Annual report of the Punjab Veterinary College and of the Civil Veterinary Department, Punjab - 1909-1919
Year: 1909
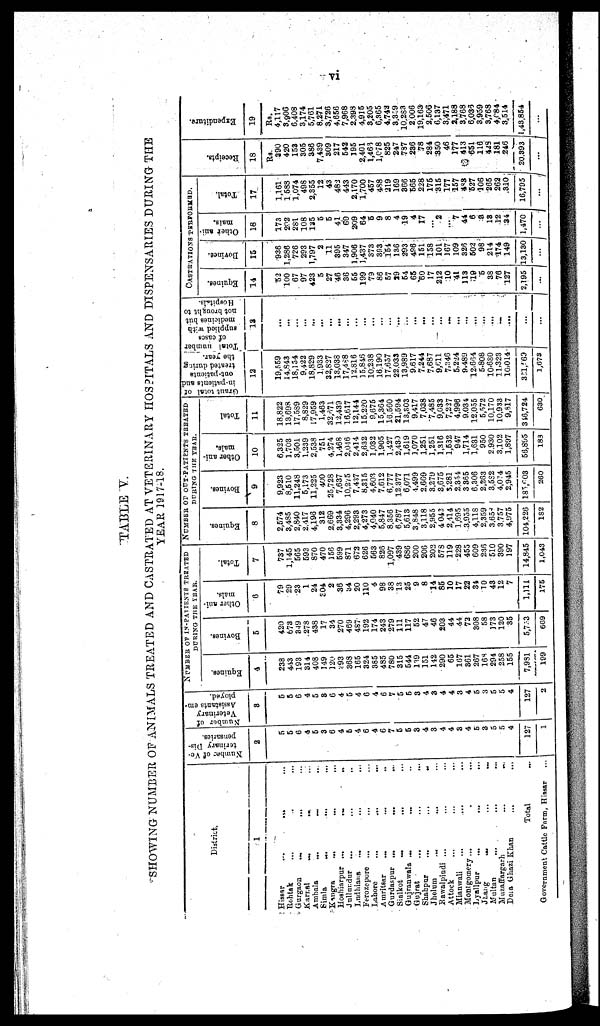
vi
TABLE V.
SHOWING NUMBER OF ANIMALS TREATED AND CASTRATED AT VETERINARY HOSPITALS AND DISPENSARIES DURING THE
YEAR 1917-18.
District.
1
Hissar ... ... ...
Rohtak ... ... ...
Gurgaon ... ... ...
Karnal ... ... ...
Ambala ... ... ...
Simla ... ... ...
Kangra ... ... ...
Hoshiarpur
...
...
...
Jullundur ... ... ...
Ludhiana ... ... ...
Ferozpure ... ... ...
Lahore ... ... ...
Amritsar ... ... ...
Gurdaspur ... ... ...
Sialkot ... ... ...
Gujranwala
...
...
...
Gujrat ... ... ...
Shahpur ... ... ...
Jhelum ... ... ...
Rawalpindi ... ... ...
Attock ... ... ...
Mianwali ... ... ...
Montgomery
...
...
...
Lyallpur ... ... ...
Jhang ... ... ...
Multan ... ... ...
Muzzafargarh ... ... ...
Dera Ghazi Khan ... ... ...
Total ...
Government Cattle Farm, Hissar ...
Number of Ve-
terinary Dis-
pensaries.
2
5
5
6
4
5
3
6
4
5
4
6
4
6
7
5
5
3
4
3
4
4
3
4
5
8
5
5
4
127
1
Number of
Veterinary
Assistants em-
ployed.
3
5
5
6
4
5
3
6
4
5
4
6
4
6
7
5
5
3
4
3
4
4
3
4
5 3
5
5
4
127
2
NUMBER OF IN-PATIENTS TREATED
DURING THE YEAR.
Equines.
4
238
443
193
814
408
149
120
293
368
165
324
385
485
780
315
544
139
151
142
290
65
167
361
267
168
294
258
155
7,981
199
Bovines.
5
420
673
849
278
438
17
34
270
469
487
192
174
243
279
111
117
52
47
46
203
44
44
72
308
58
173
120
35
5,733
669
Other ani-
mals.
6
79
29
23
1
24
304
2
36
34
20
110
4
98
38
13
25
9
8
14
85
10
17
22
34
10
43
12
7
1,111
175
Total.
7
737
1,145
565
593
870
470
156
599
871
672
626
563
826
1,097
439
686
200
206
202
578
119
228
455
609
236
510
890
197
14,845
1,043
NUMBER OF OUT-PATIENTS TREATED
DURIMG THE YEAR.
Equines.
8
2,574
3,485
2,840
2,417
4,198
312
2,669
3,334
4,296
2,293
4,273
4,040
5,847
8,356
6,787
5,613
3,848
3,118
2,955
4,042
2,414
1,695
3,955
4,118
2,359
3,658
3,757
4,975
104,226
182
Bovines.
9
9,923
8,510
11,248
5,173
11,225
400
25,728
7,637
10,275
7,437
8,315
4,603
7,612
6,777
12,377
6,071
4,499
2,669
3,279
3,675
3,281
2,354
3,365
6,306
2,263
3,582
4,074
2,945
185,608
260
Other ani-
mals.
10
6,325
1,703
3,501
1,239
2,538
751
4,274
1,468
2,046
2,414
2,632
1,032
1,905
1,427
2,480
1,619
1,070
1,251
1,251
1,316
1,532
947
1,714
1,631
950
2,930
3,102
1,897
56,895
183
Total
11
18,822
13,698
17,589
8,829
17,959
1,463
32,671
12,439
16,617
12,144
15,220
9,675
15,364
16,560
21,594
13,803
9,417
7,038
7,485
9,033
7,227
4,996
9,034
12,055
5,572
10,170
10,933
9,817
316,724
680
Grant total of
in-patients and
out-patients
treated during
the year.
12
19,559
14,843
18,134
9,422
18,829
1,933
32,827
13,038
17,488
12,816
15,846
10,238
16,190
17,657
22,033
13,989
9,617
7,244
7,687
9,611
7,346
6,224
9,489
12,614
5,808
10,680
11,323
10,014
351,063
1,678
Total number
of cases
supplied with
medicines but
not brought to
Hospitals.
13
...
...
...
...
...
...
...
...
...
...
...
...
...
...
...
...
...
...
...
...
...
... ...
...
...
...
...
...
CASTRATIONS PERFORMED.
Equines.
14
52
100
67
97
423
5
27
46
36
55
199
79
86
57
29
54
65
60
17
212
10
41
118
49
5
38
76
127
2,195
...
Bovines.
15
936
1,286
726
293
1,797
2
11
395
347
1,906
1,487
373
393
154
136
293
486 151
158
101
167
109
326
502
98
214
174
149
13,130
...
Other ani-
mals.
16
173
202
281
108
135
5
5
41
60
209
64
5
9
8
4
19
4
17
...
2
...
7
44
6
8
18
12
34
1,470
...
Total.
17
1,161
1,588
1,074
498
2,855
12
43
483
443
2,170
1,700
457
488
219
169
366
566
228
175
315
177
157
488
527
106
265
262
310
16,795
...
Recei pt s.
18
Rs.
390
420
153
305
386
7,439
309
217
542
195
2,401
1,463
1,078
825
247
787
286
78
284
350
46
177
413
651
116
423
181
246
20,393
...
Expenditure.
19
Rs.
4,117
3,906
6,408
3,174
5,761
8,271
3,726
4,656
7,968
2,393
4,915
8,205
6,365
4,742
8,349
10,283
2,006
19,163
2,606
6,137
3,471
2488
8,768
6,035
8,959
8,768
4,084
9,514
1,43,854
...